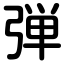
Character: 弾